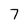
Character: 7